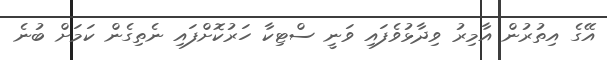
އޭގެ އިތުރުން އާމިރު ވިދާޅުވެފައި ވަނީ ސްޓިކާ ހަރުކޮށްފައި ނެތިގެން ކަމަށް ބުނެ